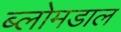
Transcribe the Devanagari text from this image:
ब्लोमडाल